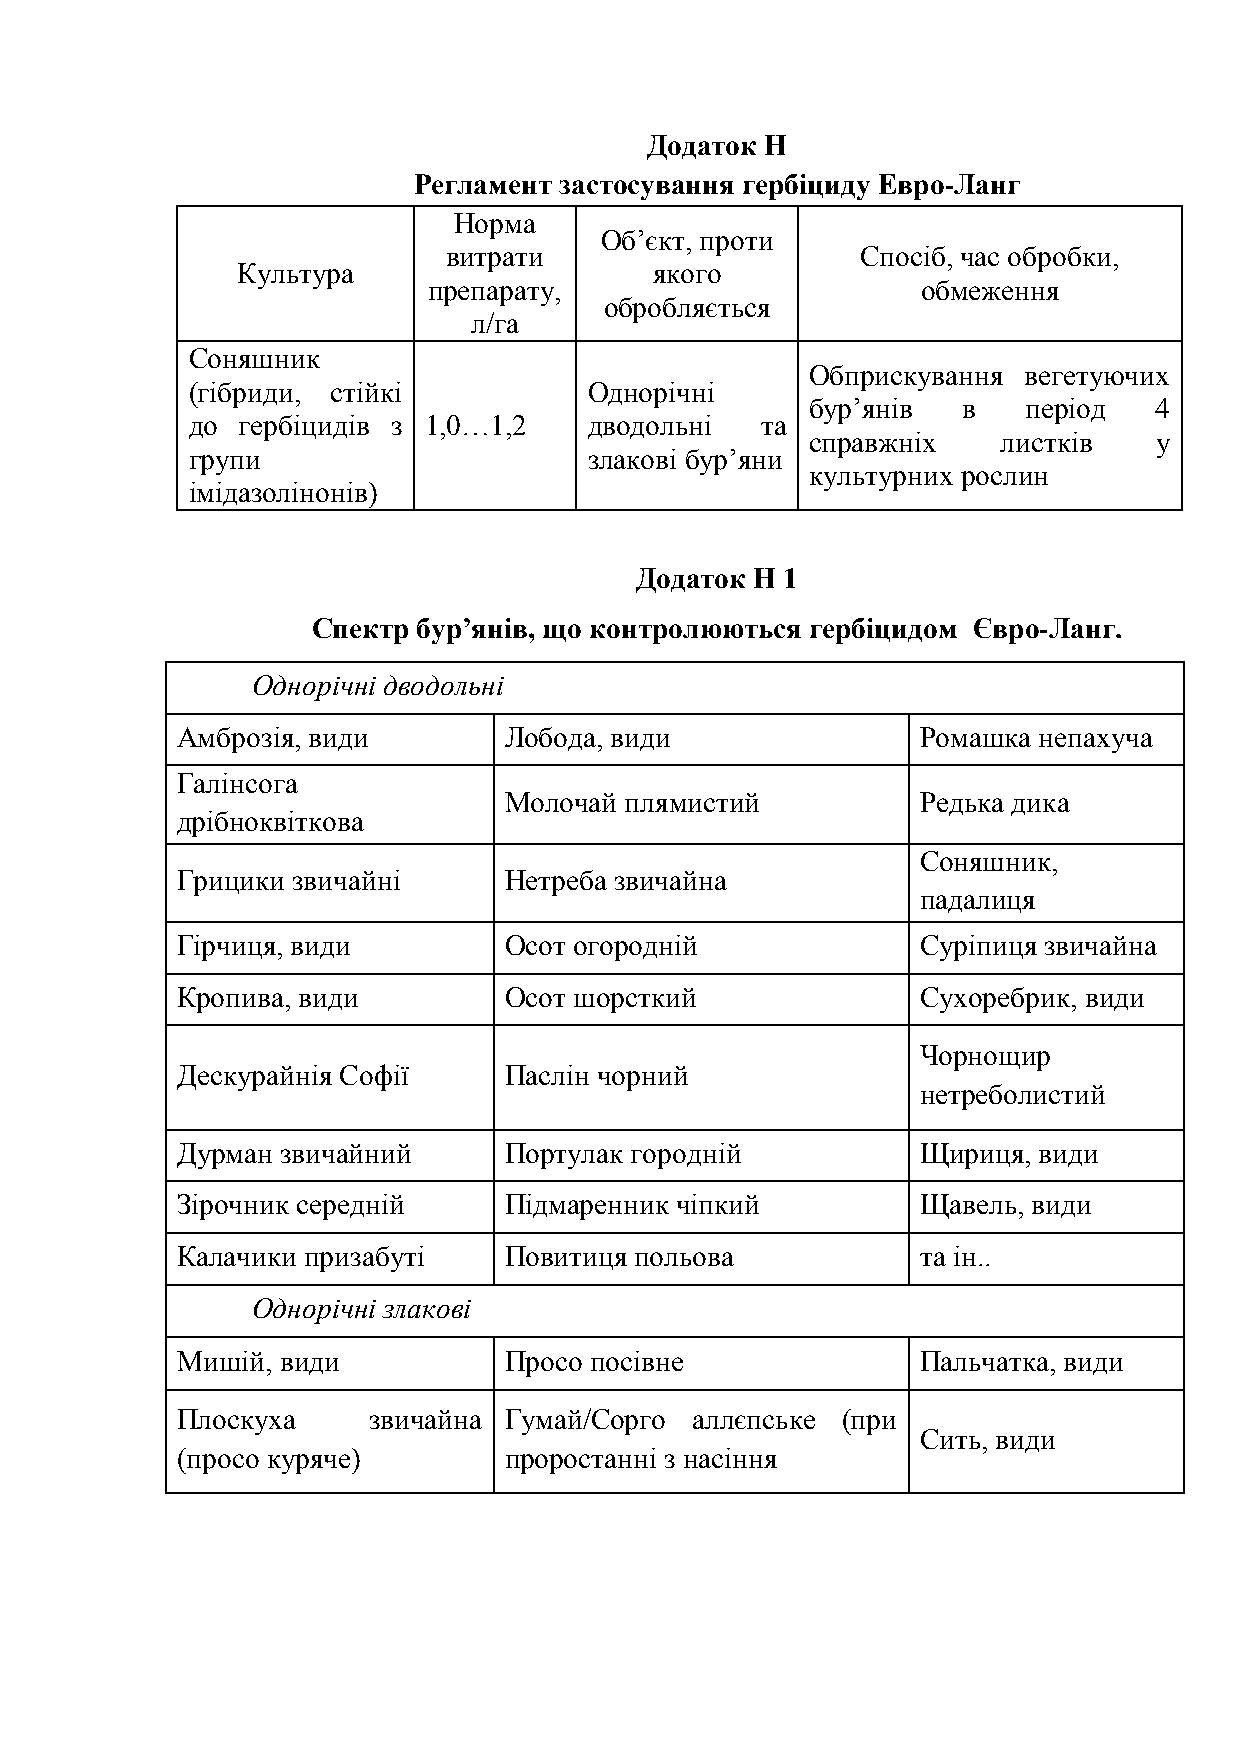
Додаток Н
 Регламент застосування гербіциду Евро-Ланг
 Норма
 Об’єкт, проти
 витрати                    Спосіб, час обробки,
 Культура                   якого
 препарату,                       обмеження
 обробляється
 л/га
 Соняшник
 Обприскування вегетуючих
 (гібриди, стійкі           Однорічні
 бур’янів  в   період  4
 до  гербіцидів з 1,0…1,2   дводольні  та
 справжніх   листків    у
 групи                      злакові бур’яни
 культурних рослин
 імідазолінонів)
 Додаток Н 1
 Спектр бур’янів, що контролюються гербіцидом Євро-Ланг.
 Однорічні дводольні
 Амброзія, види       Лобода, види                Ромашка непахуча
 Галінсога
 Молочай плямистий           Редька дика
 дрібноквіткова
 Соняшник,
 Грицики звичайні     Нетреба звичайна
 падалиця
 Гірчиця, види        Осот огородній              Суріпиця звичайна
 Кропива, види        Осот шорсткий               Сухоребрик, види
 Чорнощир
 Дескурайнія Софії    Паслін чорний
 нетреболистий
 Дурман звичайний     Портулак городній           Щириця, види
 Зірочник середній    Підмаренник чіпкий          Щавель, види
 Калачики призабуті   Повитиця польова            та ін..
 Однорічні злакові
 Мишій, види          Просо посівне               Пальчатка, види
 Плоскуха    звичайна Гумай/Сорго  аллєпське (при
 Сить, види
 (просо куряче)       проростанні з насіння